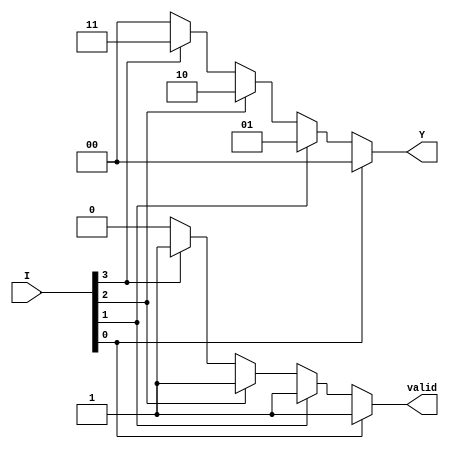
module priority_encoder (
    input wire [3:0] I,    // 4 input lines
    output reg [1:0] Y,    // 2-bit output for the encoded value
    output reg valid        // Valid output signal
);

always @(*) begin
    // Default values
    Y = 2'b00;  // Default output when no inputs are active
    valid = 1'b0; // Default valid signal

    // Check inputs in order of priority
    if (I[0]) begin
        Y = 2'b00; // I0 is active
        valid = 1'b1;
    end else if (I[1]) begin
        Y = 2'b01; // I1 is active
        valid = 1'b1;
    end else if (I[2]) begin
        Y = 2'b10; // I2 is active
        valid = 1'b1;
    end else if (I[3]) begin
        Y = 2'b11; // I3 is active
        valid = 1'b1;
    end
end

endmodule